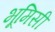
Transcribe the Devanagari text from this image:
भूमिसी